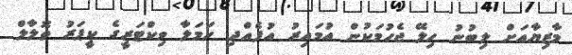
މާޒިޔާއަށް ލިބުނު ހިލޭ ޖެހުމަކުން އުމައިރު އުފެއްދި ހަމަލާ ވިކްޓަރީގެ ކީޕަރު ތޮލާލް